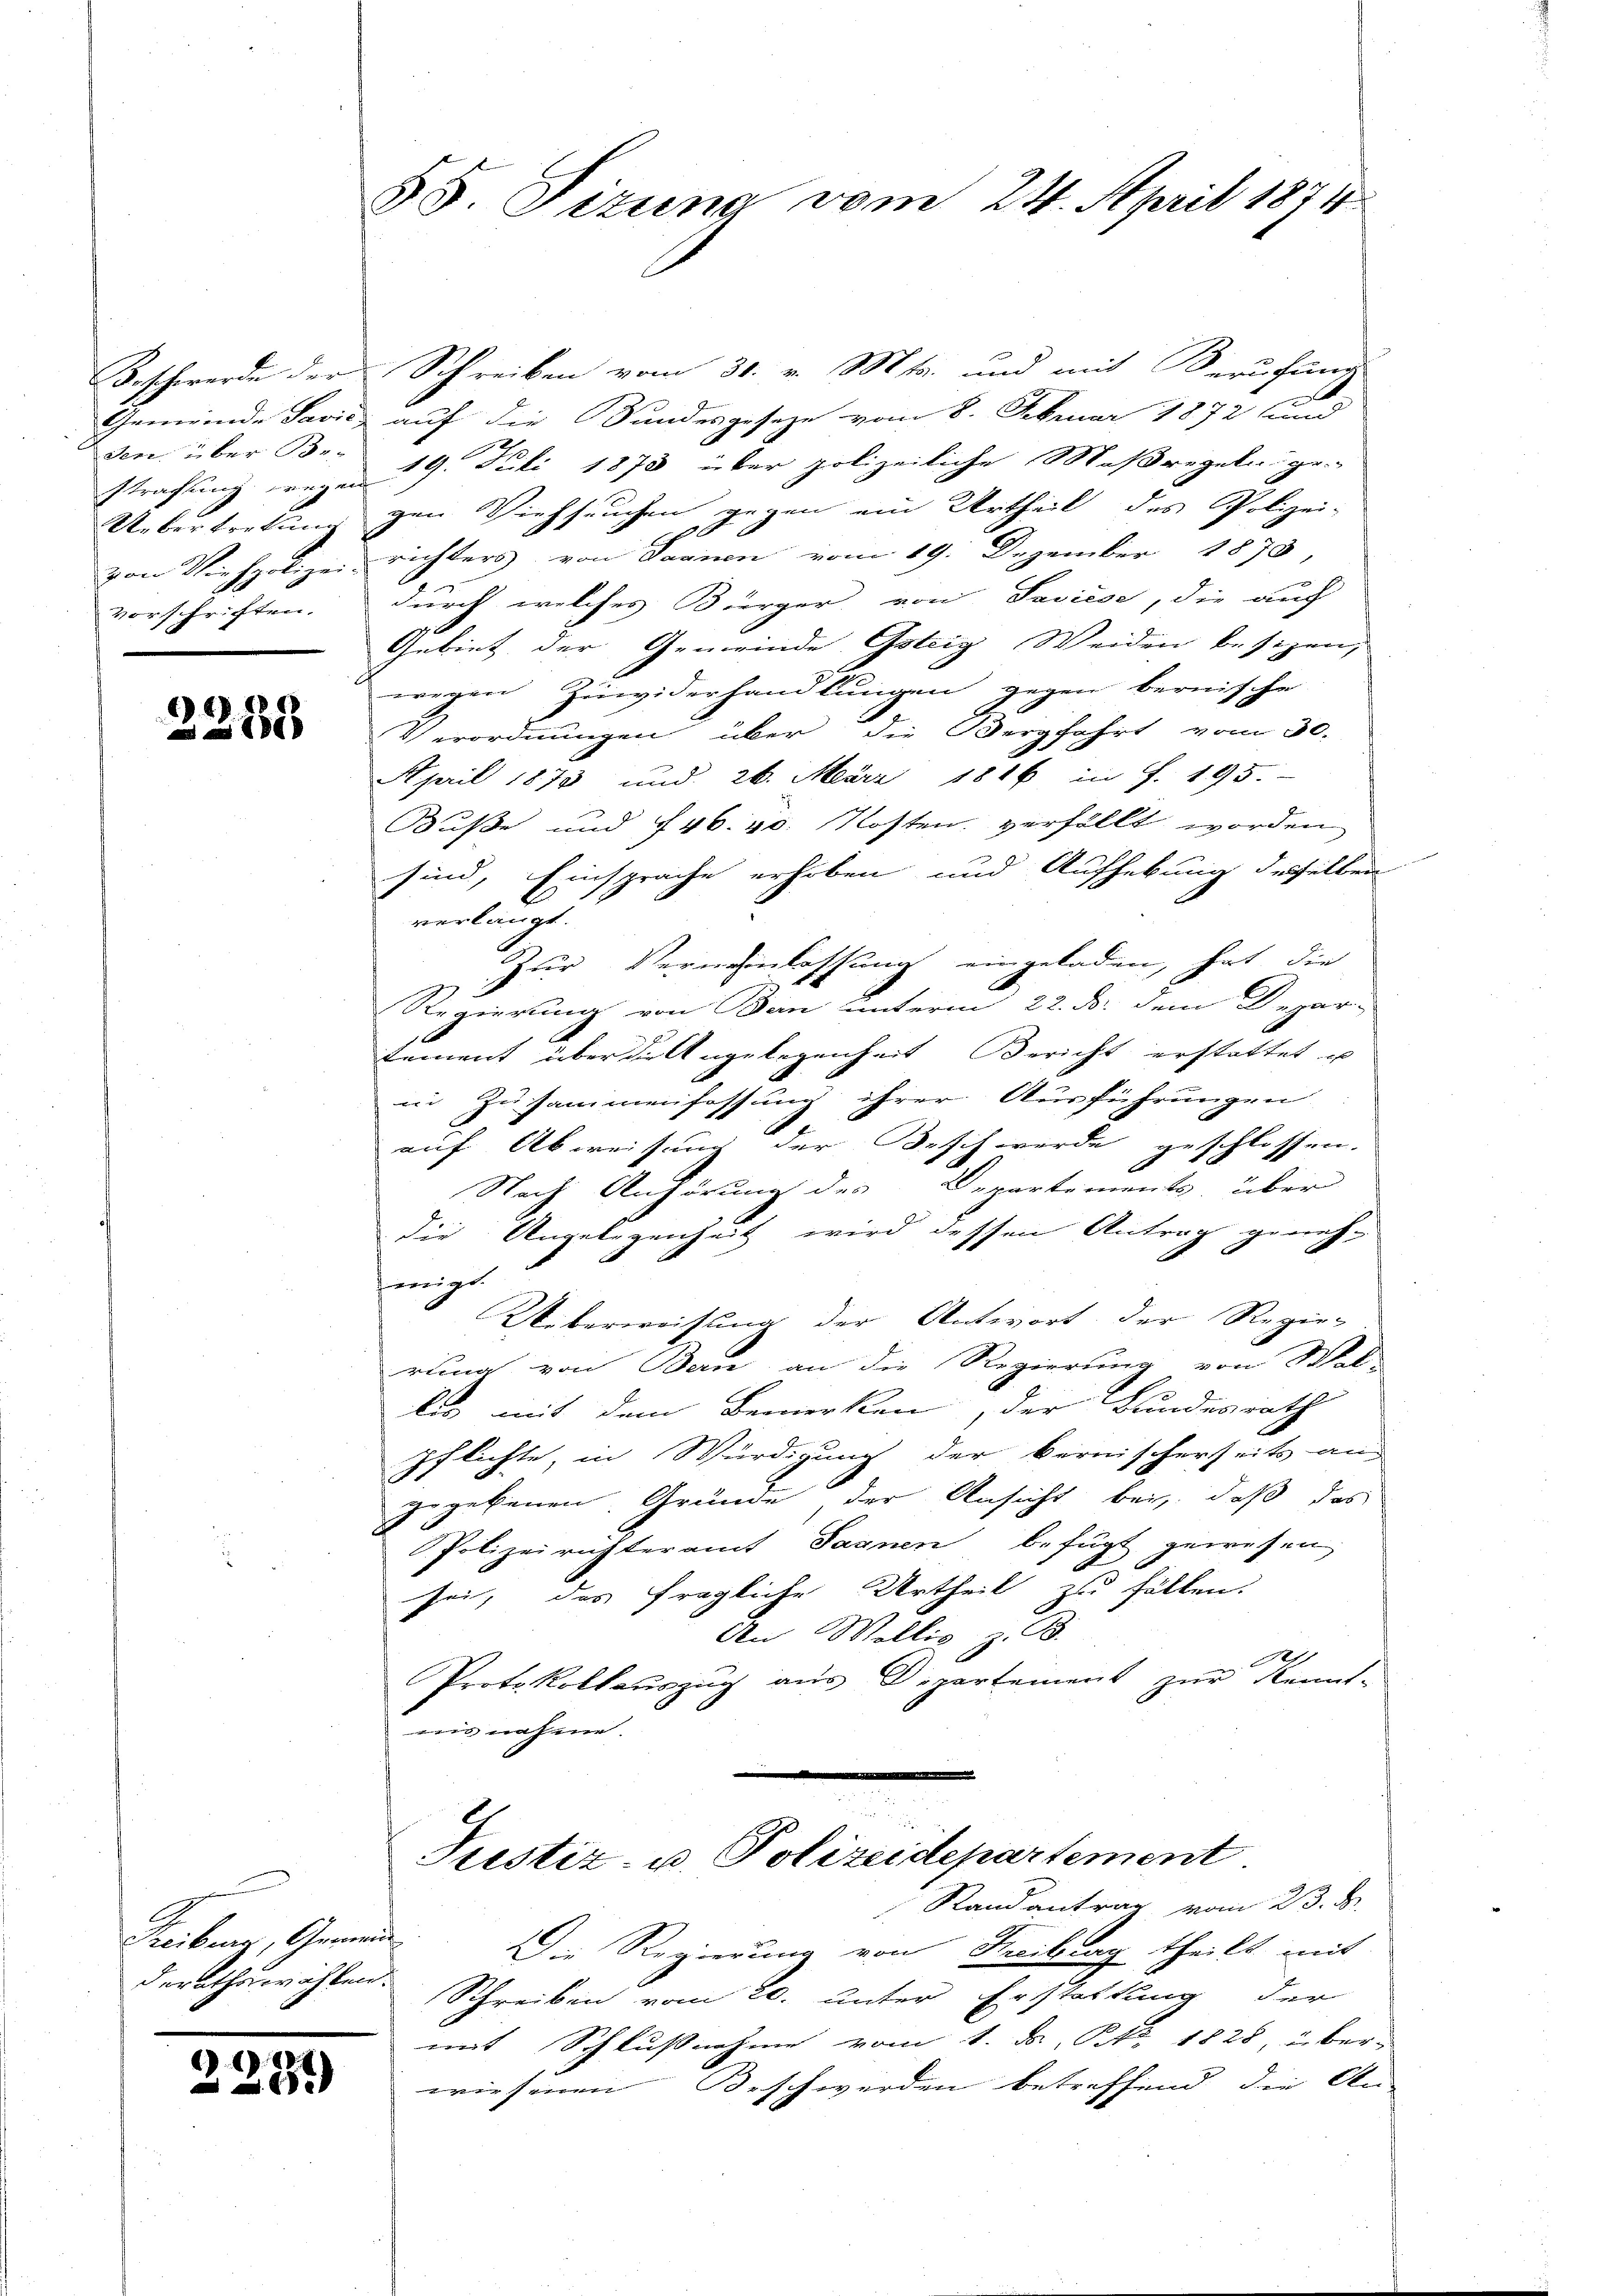
Beschwerde der
Gemeinde Pavić-
den, über Be-
strafung wegen
Uebertretun
von Viehpolizei.
vorschriften.

2288

Treiburg, Gemeinde

2281)

55 Sizung vom 24. April 1874

Schreiben vom 31. v. Mts. und mit Berufung
auf die Bundesgesetze vom 8. Februar 1872 und
19. Juli 1873 über polizeiliche Maßregeln ge
gen Viehseuchen gegen ein Urtheil des Polizei-
d
richters von Saanen vom 19. Dezember 1873,
durch welches Bürger von Saviese, die auf
h
Gebiet der Gemeinde Gotzig Weiden besizen,
wegen Zuwiderhandlungen gegen bernische
Verordnungen über die Bergfahrt vom 30.
April 1873 und 26. März 1846 in S. 195.
Buße und 746. 40. Kosten verfällt worden
sind, Einsprache erhoben und Aufhebung desselben
verlangt.
Zur Verneinlassung eingeladen, hat, die
Regierung von Ban unterm 22. B. dem Depar-
tement über die Angelegenheit Bericht erstattet u
in Zusammenfassung ihrer Ausführungen
.
auf Abweisung der Beschwerde geschlossen.
Nach Anhörung des Departements, über
die Angelegenheit wird dessen Antrag genehx
herige
Ueberweisung der Antwort der Regier
rung von Bern an die Regierung vom Wal
lis mit dem Bemerken, der Bundesrath
pflichte, in Würdigung der bernischerseits aus
gegebenen Gründe der Ansicht bei, daß das
Polizeirichteramt Sagnen befügt gewesen
sei, das fragliche Urtheil zu fällen.
An Wollis, z. B.
1
Protokollauszug aus Departement zur Kennt-
nis nahme.
Justiz- u. Polizeidepartement.
Randantrag vom 23. d.
Die Regierung von Kreibung theilt mit
derathswahlen. Schreiben vom 20. unter Erstattung der
mit Schlußnahme vom 1. d. S. 1828, über-
wiesenen Beschwerden betreffend die An-